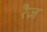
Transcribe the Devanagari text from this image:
रैज़